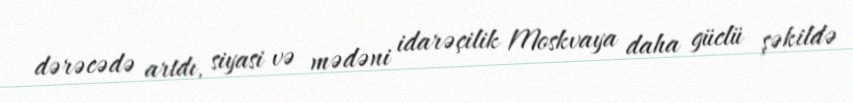
dərəcədə artdı, siyasi və mədəni idarəçilik Moskvaya daha güclü şəkildə